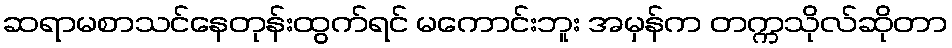
ဆရာမစာသင်နေတုန်းထွက်ရင် မကောင်းဘူး အမှန်က တက္ကသိုလ်ဆိုတာ